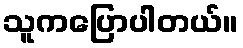
သူကပြောပါတယ်။